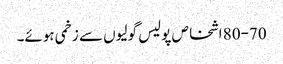
80-70 اشخاص پولیس گولیوں سے زخمی ہوئے۔